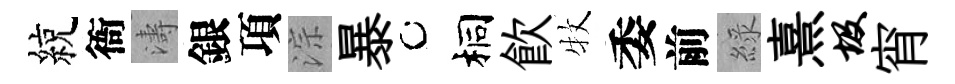
綂衙濤銀項淙暴桐飮牧委前綠熹圾宵